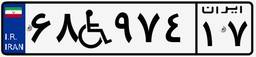
۶۱W۷۲۲۷۴